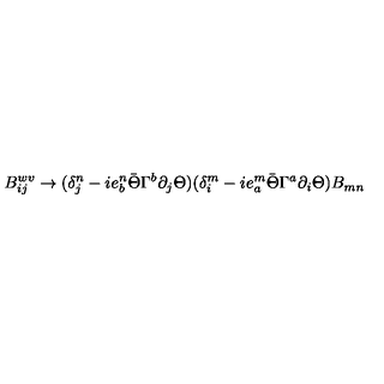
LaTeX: B _ { i j } ^ { w v } \rightarrow ( \delta _ { j } ^ { n } - i e _ { b } ^ { n } \bar { \Theta } \Gamma ^ { b } \partial _ { j } \Theta ) ( \delta _ { i } ^ { m } - i e _ { a } ^ { m } \bar { \Theta } \Gamma ^ { a } \partial _ { i } \Theta ) B _ { m n }